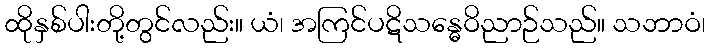
ထိုနှစ်ပါးတို့တွင်လည်း။ ယံ၊ အကြင်ပဋိသန္ဓေဝိညာဉ်သည်။ သဘာဝံ၊